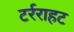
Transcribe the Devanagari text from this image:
टर्रराहट